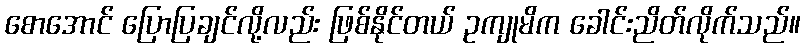
စောအောင် ပြောပြချင်လို့လည်း ဖြစ်နိုင်တယ် ဥကျုမိက ခေါင်းညိတ်လိုက်သည်။